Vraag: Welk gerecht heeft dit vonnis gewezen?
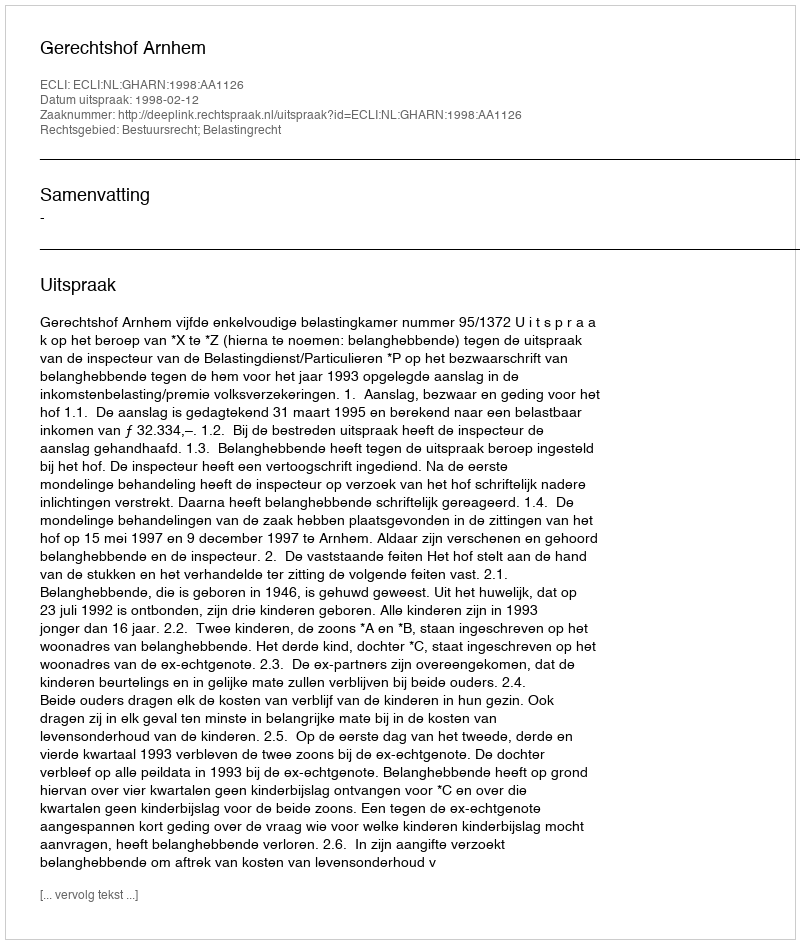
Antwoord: Gerechtshof Arnhem